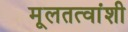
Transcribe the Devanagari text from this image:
मूलतत्वांशी